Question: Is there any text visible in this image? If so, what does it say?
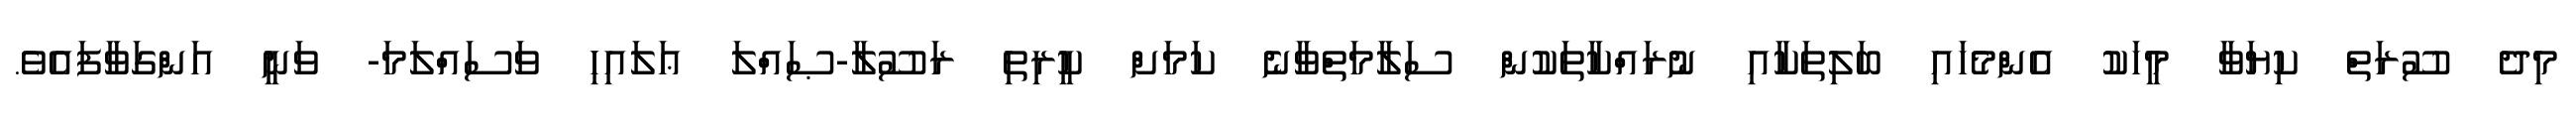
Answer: މިދެ ސޫރަތް ކިޔަވާ މީހަކު އެންމެހައި ބަލިތަކާއި ނުރައްކާތަކުން ސަލާމަތްވާނެ ކަމަށް ކީރިތި ރަސޫލާ-ޞައްލަ ޢަލައިހި ވަސައްލަމަ- ވަނީ އަންގަވާފައެވެ.